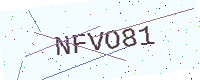
Text: NFVO81